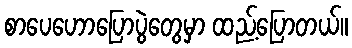
စာပေဟောပြောပွဲတွေမှာ ထည့်ပြောတယ်။